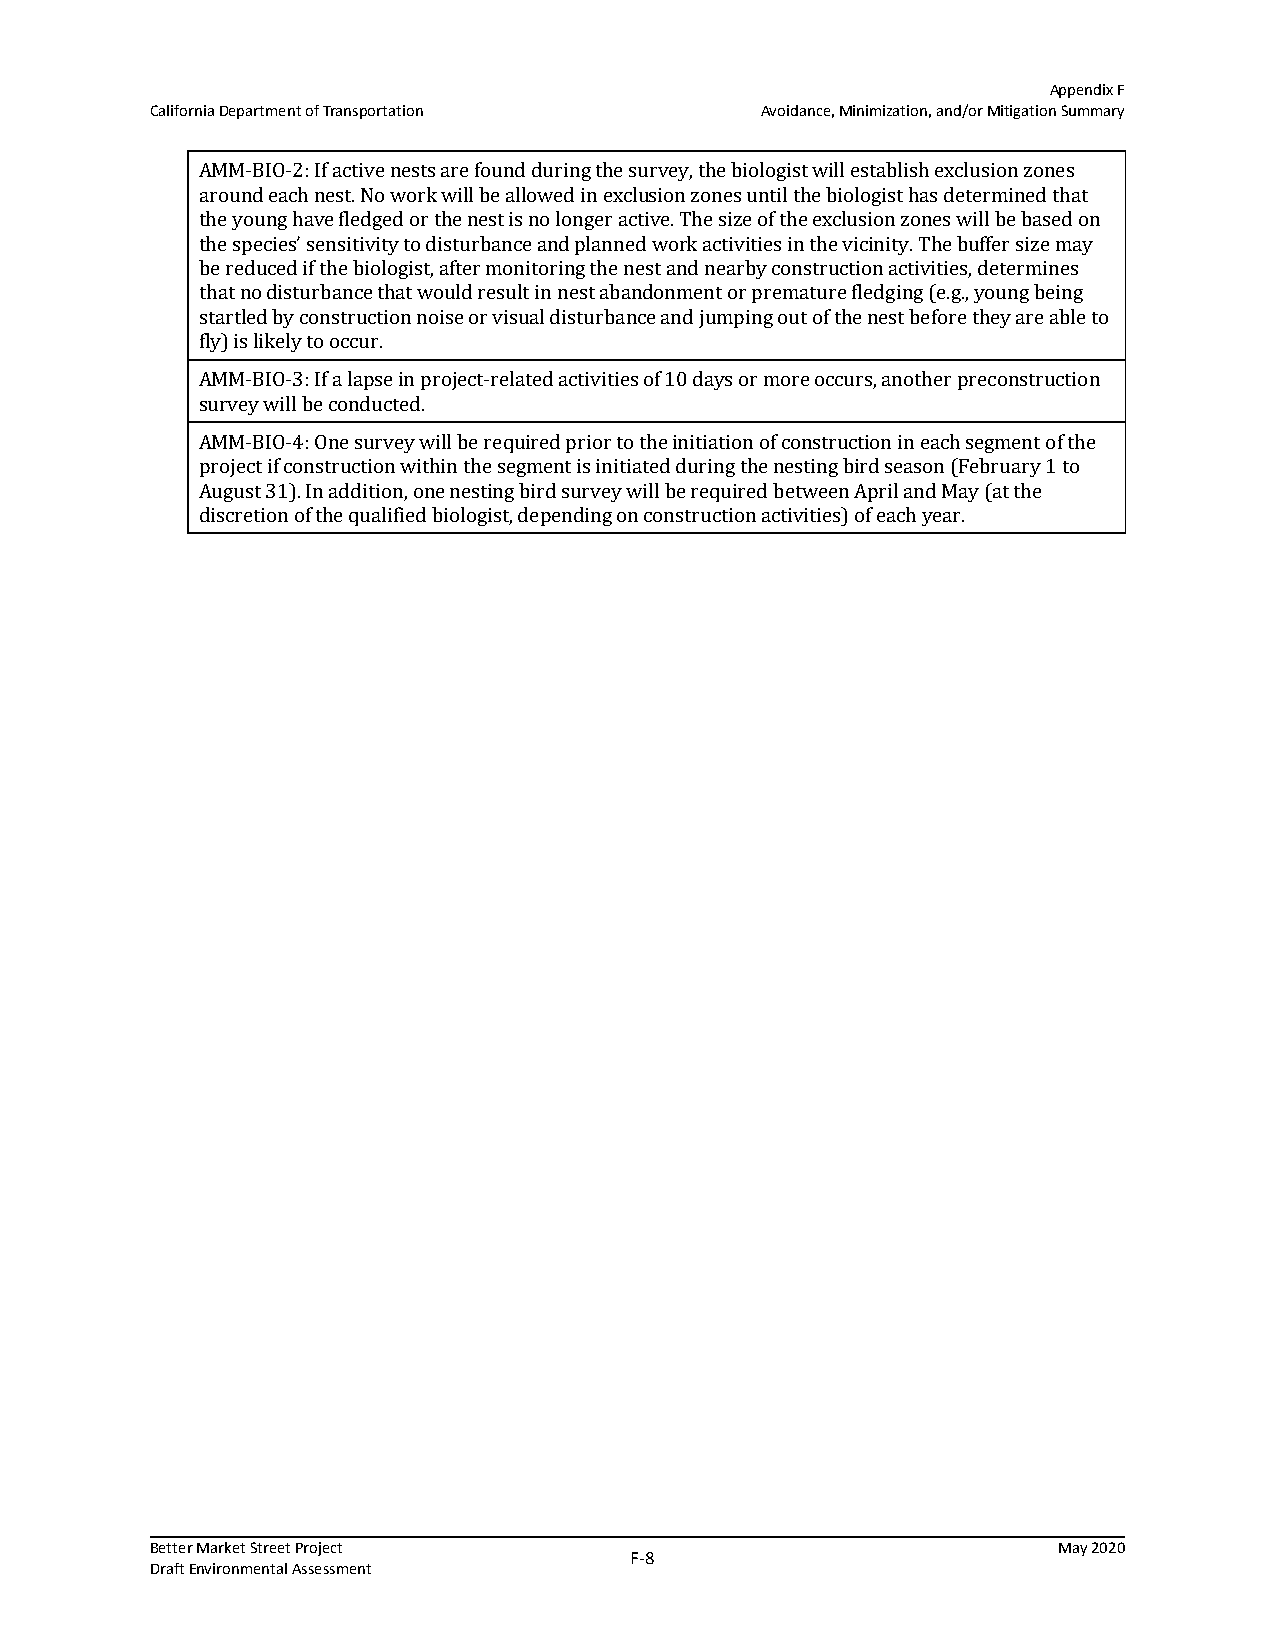
Appendix F
 California Department of Transportation Avoidance, Minimization, and/or Mitigation Summary
 AMM-BIO-2: If active nests are found during the survey, the biologist will establish exclusion zones
 around each nest. No work will be allowed in exclusion zones until the biologist has determined that
 the young have fledged or the nest is no longer active. The size of the exclusion zones will be based on
 the species’ sensitivity to disturbance and planned work activities in the vicinity. The buffer size may
 be reduced if the biologist, after monitoring the nest and nearby construction activities, determines
 that no disturbance that would result in nest abandonment or premature fledging (e.g., young being
 startled by construction noise or visual disturbance and jumping out of the nest before they are able to
 fly) is likely to occur.
 AMM-BIO-3: If a lapse in project-related activities of 10 days or more occurs, another preconstruction
 survey will be conducted.
 AMM-BIO-4: One survey will be required prior to the initiation of construction in each segment of the
 project if construction within the segment is initiated during the nesting bird season (February 1 to
 August 31). In addition, one nesting bird survey will be required between April and May (at the
 discretion of the qualified biologist, depending on construction activities) of each year.
 Better Market Street Project                                May 2020
 F‐8
 Draft Environmental Assessment